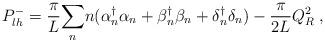
LaTeX: \begin{align*}P^-_{lh} = {\pi \over L } {\sum_n} n (\alpha{_n ^\dagger} \alpha_n +\beta{_n^\dagger} \beta_n + \delta{_n ^\dagger}\delta_n ) - {\pi \over2L} Q_R^2\; ,\end{align*}